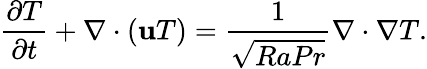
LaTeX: \frac{\partial T}{\partial t}+\nabla\cdot(\textbf{u}T)=\frac{1}{\sqrt{RaPr}}\nabla\cdot\nabla T.